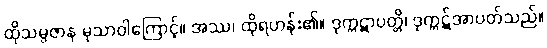
ထိုသမ္ပဇာန မုသာဝါကြောင့်။ အဿ၊ ထိုရဟန်း၏။ ဒုက္ကဋာပတ္တိ၊ ဒုက္ကဋ်အာပတ်သည်။